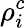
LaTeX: \rho_{i}^{c}